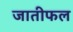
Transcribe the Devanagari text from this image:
जातीफल